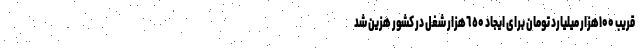
قریب ۱۰۰هزار میلیارد تومان برای ایجاد ٦٥۰هزار شغل در کشور هزین شد